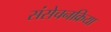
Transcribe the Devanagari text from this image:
संसेचनक्रिया